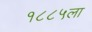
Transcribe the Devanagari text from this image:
१८८५ला